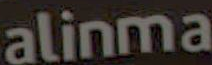
alinma